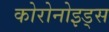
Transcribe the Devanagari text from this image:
कोरोनोइड्स